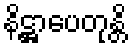
နိဋ္ဌာပေတုန္တိ